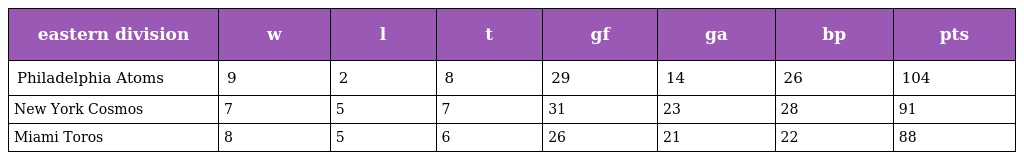
| eastern division | w | l | t | gf | ga | bp | pts |
 | --- | --- | --- | --- | --- | --- | --- | --- |
 | Philadelphia Atoms | 9 | 2 | 8 | 29 | 14 | 26 | 104 |
 | New York Cosmos | 7 | 5 | 7 | 31 | 23 | 28 | 91 |
 | Miami Toros | 8 | 5 | 6 | 26 | 21 | 22 | 88 |